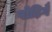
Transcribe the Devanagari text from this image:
पोढ़िगै